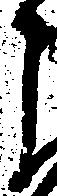
こ